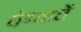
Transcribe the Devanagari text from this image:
घेण्याचें